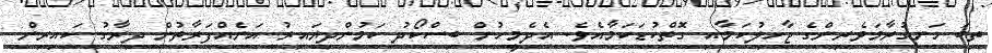
ތިބަ ހަނގުރާމަވެރިންގެ ޖާހިލުކަމާއި ގޮތްކުޑަކަމާއެވެ. އެދެމީހުން ބިސްކޯދު ކަމުންދިޔައިރު އަނެއްފަރާތުން ދިރާގު ކައިރިން